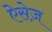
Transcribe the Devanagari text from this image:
ऐसेज़